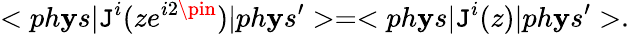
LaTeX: <ph\mathbf{y}s|\mathtt{J}^{i}(ze^{i2\pin})|ph\mathbf{y}s^{\prime}>=<ph\mathbf{y}s|\mathtt{J}^{i}(z)|ph\mathbf{y}s^{\prime}>.